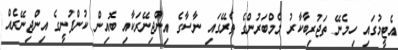
އެޓީމުގައި ހިމެނޭ ތަޖުރިބާކާރު މެމްބަރުންގެ ތެރޭގައި ނާސާގެ އިންޖިނޭރަކާއި ބޮއިން ކުންފުނީގެ އިންޖިނޭރެއް